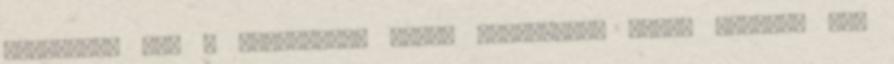
tárgyalja meg a közgyűlés, kérem szavazzon. Tüttő István: Aki